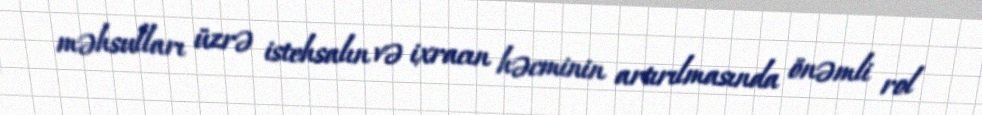
məhsulları üzrə istehsalın və ixracın həcminin artırılmasında önəmli rol